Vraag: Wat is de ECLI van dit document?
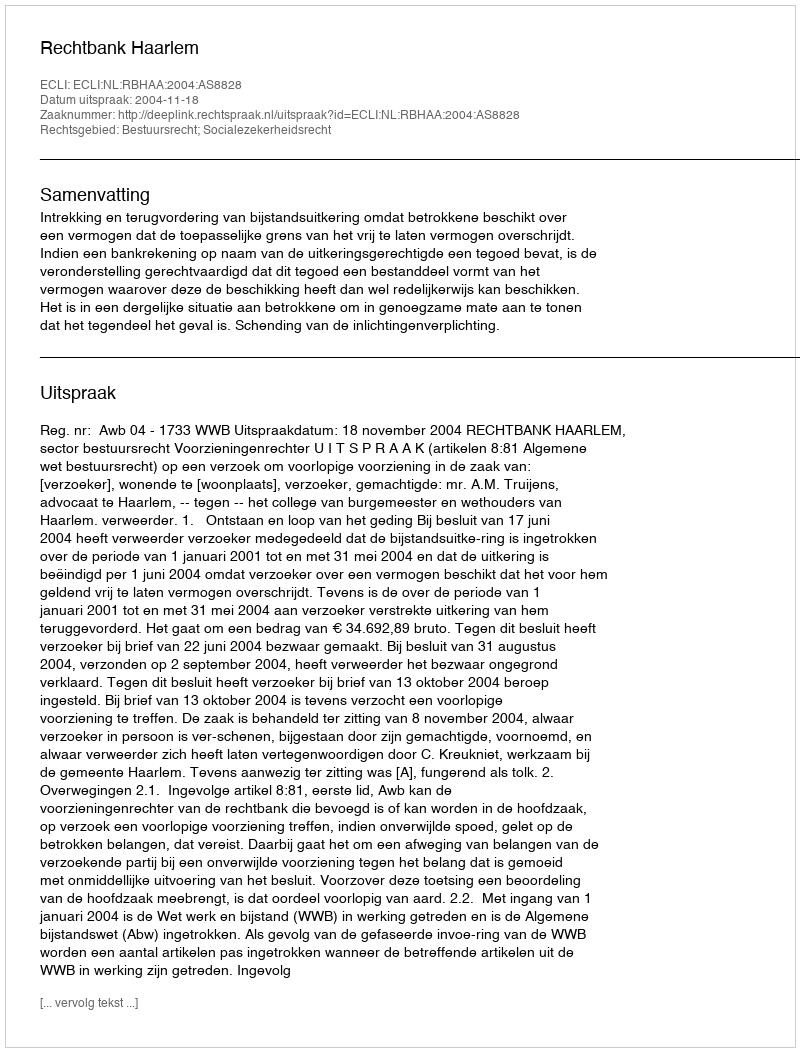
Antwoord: ECLI:NL:RBHAA:2004:AS8828